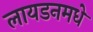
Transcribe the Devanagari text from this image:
लायडनमधे